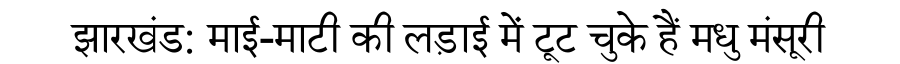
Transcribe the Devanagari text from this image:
झारखंड: माई-माटी की लड़ाई में टूट चुके हैं मधु मंसूरी